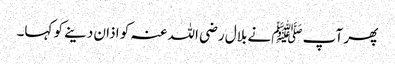
پھر آپ ﷺنے بلال رضی اللہ عنہ کو اذان دینے کو کہا۔